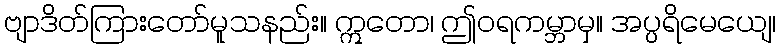
ဗျာဒိတ်ကြားတော်မူသနည်း။ ဣတော၊ ဤဝရကမ္ဘာမှ။ အပ္ပရိမေယျေ၊